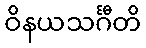
ဝိနယသင်္ဂီတိ